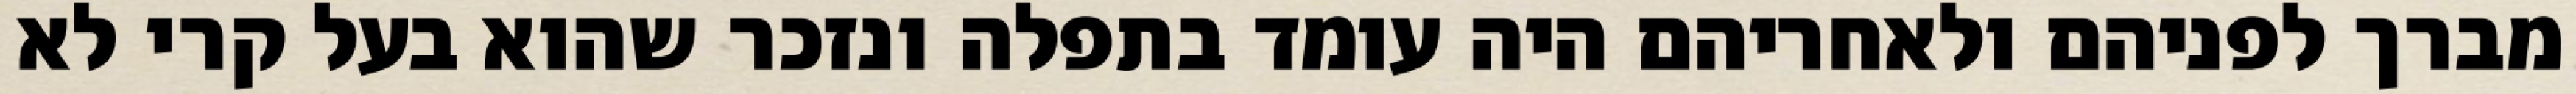
מברך לפניהם ולאחריהם היה עומד בתפלה ונזכר שהוא בעל קרי לא